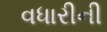
વધારીની